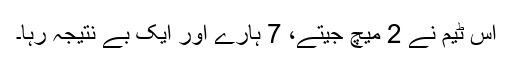
اس ٹیم نے 2 میچ جیتے، 7 ہارے اور ایک بے نتیجہ رہا۔